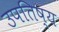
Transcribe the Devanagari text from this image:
उपतिष्य